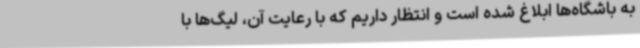
به باشگاه‌ها ابلاغ شده است و انتظار داریم که با رعایت آن، لیگ‌ها با